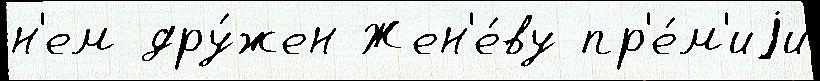
н'ем дру́жен Жен'е́ву пр'е́м'иjи